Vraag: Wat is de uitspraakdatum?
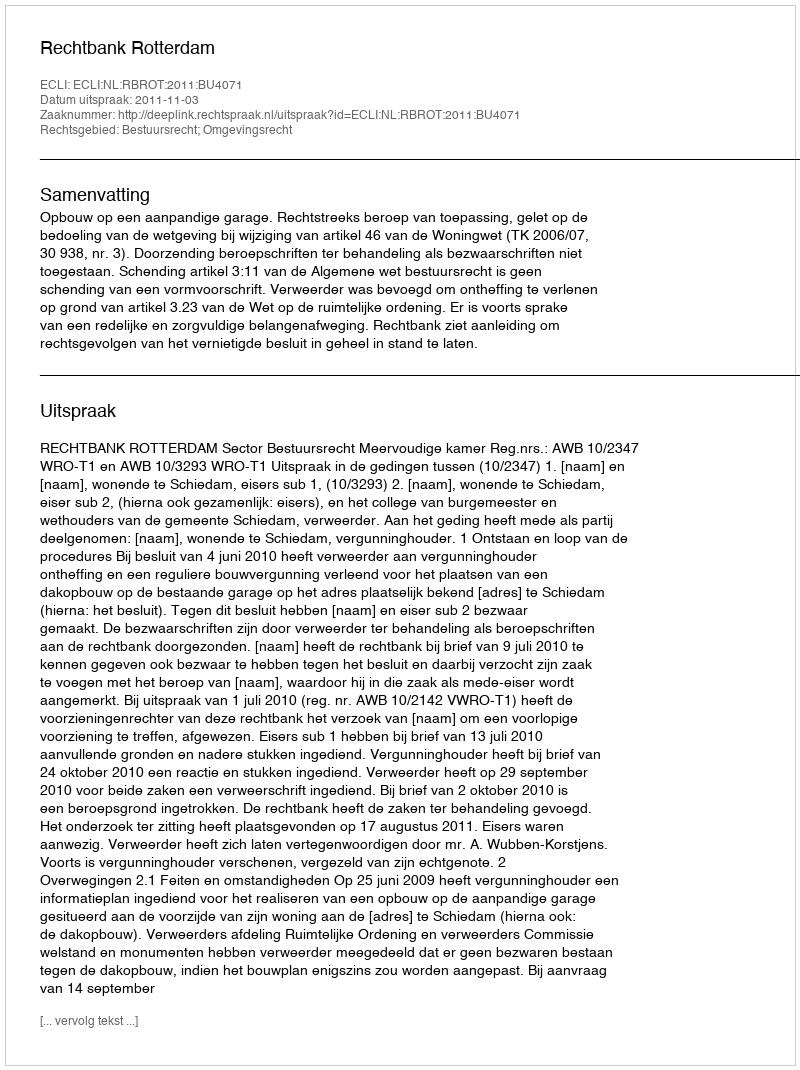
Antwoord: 2011-11-03